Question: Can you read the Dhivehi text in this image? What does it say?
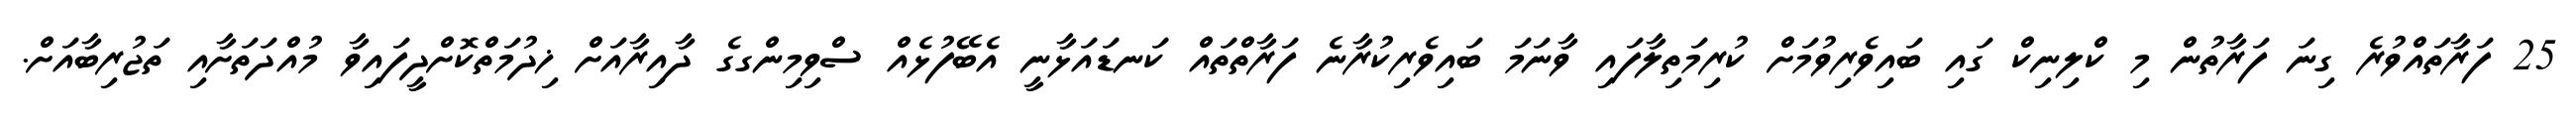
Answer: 25 ފަރާތައްވުރެ ގިނަ ފަރާތުން މި ކްލިނިކް ގައި ބައިވެރިވުމަށް ކުރިމަތިލާފައި ވާނަމަ ބައިވެރިކުރާނެ ފަރާތްތައް ކަނޑައަޅާނީ އެބޭފުޅެއް ސްވިމިންގގެ ދާއިރާއަށް ޚިދުމަތްކޮށްދީފައިވާ މުއްދަތަށާއި ތަޖުރިބާއަށް.